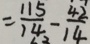
= \frac { 1 1 5 } { 1 4 } - \frac { 4 2 } { 1 4 }